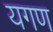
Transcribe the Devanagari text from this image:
यगण